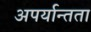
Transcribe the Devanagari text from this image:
अपर्यान्तता